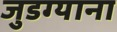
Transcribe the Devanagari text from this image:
जुडग्याना